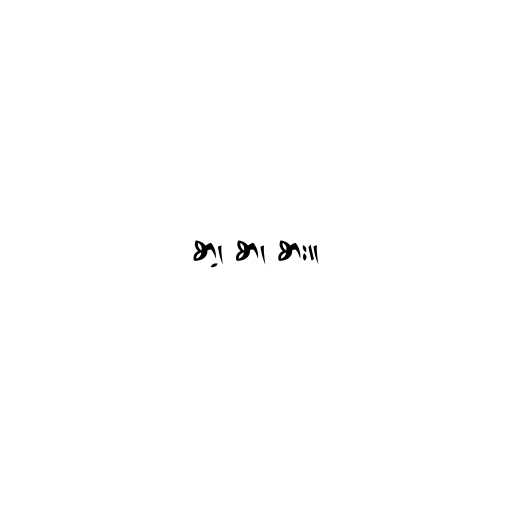
စာ့၊ စာ၊ စား။